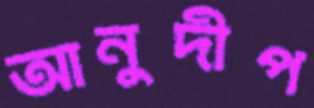
আনুদীপ